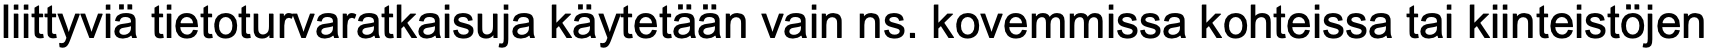
liittyviä tietoturvaratkaisuja käytetään vain ns. kovemmissa kohteissa tai kiinteistöjen